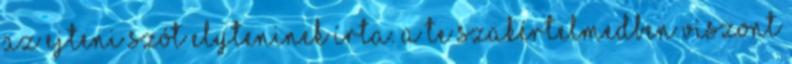
az ejteni szót elyteninek írta. A te szakértelmedben viszont